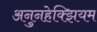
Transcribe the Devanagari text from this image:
अनुनहेक्झियम